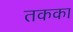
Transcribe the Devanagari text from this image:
तकका